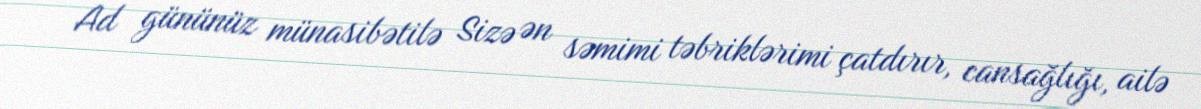
Ad gününüz münasibətilə Sizə ən səmimi təbriklərimi çatdırır, cansağlığı, ailə